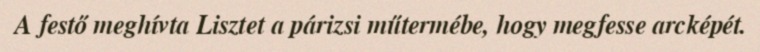
A festő meghívta Lisztet a párizsi műtermébe, hogy megfesse arcképét.